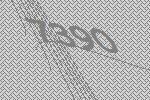
7390